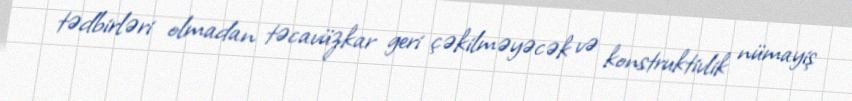
tədbirləri olmadan təcavüzkar geri çəkilməyəcək və konstruktivlik nümayiş